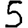
Digit: 5